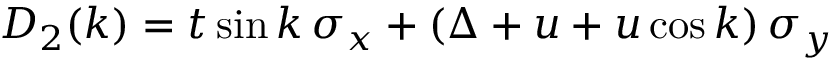
D _ { 2 } ( k ) = t \sin k \, \sigma _ { x } + \left( \Delta + u + u \cos k \right) \sigma _ { y }